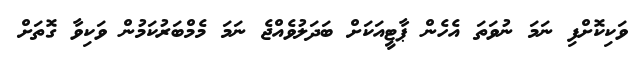
ވަކިކޮށްފި ނަމަ ނުވަތަ އެހެން ޕާޓީއަކަށް ބަދަލުވެއްޖެ ނަމަ މެމްބަރުކަމުން ވަކިވާ ގޮތަށް